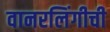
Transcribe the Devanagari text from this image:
वानरलिंगीची